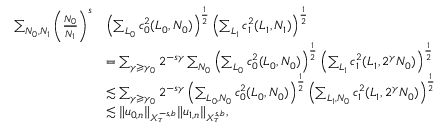
\begin{array} { r l } { \sum _ { N _ { 0 } , N _ { 1 } } \left( \frac { N _ { 0 } } { N _ { 1 } } \right) ^ { s } } & { \left( \sum _ { L _ { 0 } } c _ { 0 } ^ { 2 } ( L _ { 0 } , N _ { 0 } ) \right) ^ { \frac { 1 } { 2 } } \left( \sum _ { L _ { 1 } } c _ { 1 } ^ { 2 } ( L _ { 1 } , N _ { 1 } ) \right) ^ { \frac { 1 } { 2 } } } \\ & { = \sum _ { \gamma \geqslant \gamma _ { 0 } } 2 ^ { - s \gamma } \sum _ { N _ { 0 } } \left( \sum _ { L _ { 0 } } c _ { 0 } ^ { 2 } ( L _ { 0 } , N _ { 0 } ) \right) ^ { \frac { 1 } { 2 } } \left( \sum _ { L _ { 1 } } c _ { 1 } ^ { 2 } ( L _ { 1 } , 2 ^ { \gamma } N _ { 0 } ) \right) ^ { \frac { 1 } { 2 } } } \\ & { \lesssim \sum _ { \gamma \geqslant \gamma _ { 0 } } 2 ^ { - s \gamma } \left( \sum _ { L _ { 0 } , N _ { 0 } } c _ { 0 } ^ { 2 } ( L _ { 0 } , N _ { 0 } ) \right) ^ { \frac { 1 } { 2 } } \left( \sum _ { L _ { 1 } , N _ { 0 } } c _ { 1 } ^ { 2 } ( L _ { 1 } , 2 ^ { \gamma } N _ { 0 } ) \right) ^ { \frac { 1 } { 2 } } } \\ & { \lesssim \Vert u _ { 0 , n } \Vert _ { X _ { \tau } ^ { - s , b } } \Vert u _ { 1 , n } \Vert _ { X _ { \tau } ^ { s , b } } , } \end{array}